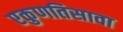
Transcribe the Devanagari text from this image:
एकुणतिसावा